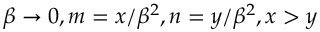
\beta \to 0 , m = x / \beta ^ { 2 } , n = y / \beta ^ { 2 } , x > y